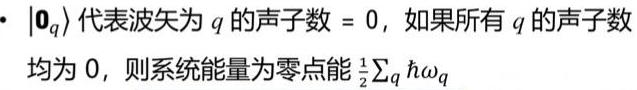
$\cdot |\mathbf{0}_q\rangle$ 代表波矢为 $q$ 的声子数 $= 0$，如果所有 $q$ 的声子数均为 $0$，则系统能量为零点能 $\frac{1}{2}\sum_q \hbar\omega_q$